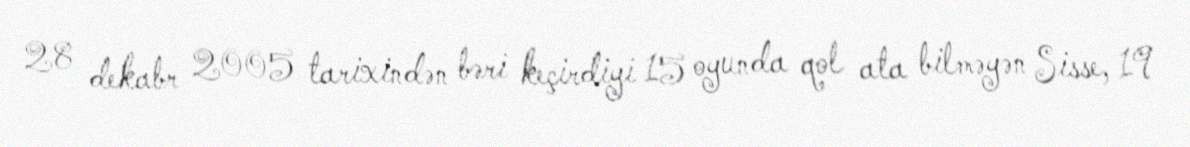
28 dekabr 2005 tarixindən bəri keçirdiyi 15 oyunda qol ata bilməyən Sisse, 19